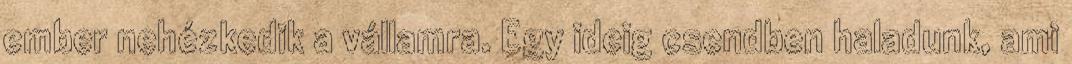
ember nehézkedik a vállamra. Egy ideig csendben haladunk, ami